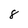
Character: 8